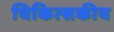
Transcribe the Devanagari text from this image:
चिकित्‍सकीय